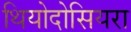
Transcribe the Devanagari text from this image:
थियोदोसियरा